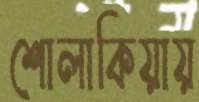
শোলাকিয়ায়